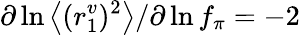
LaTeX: \partial\ln\left<(r_{1}^{v})^{2}\right>/\partial\ln f_{\pi}=-2